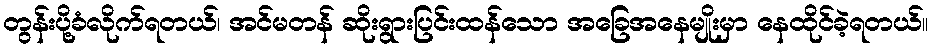
တွန်းပို့ခံလိုက်ရတယ်၊ အင်မတန် ဆိုးရွားပြင်းထန်သော အခြေအနေမျိုးမှာ နေထိုင်ခဲ့ရတယ်။